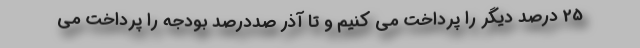
25 درصد دیگر را پرداخت می کنیم و تا آذر صددرصد بودجه را پرداخت می